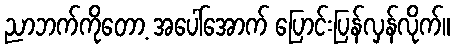
ညာဘက်ကိုတော့ အပေါ်အောက် ပြောင်းပြန်လှန်လိုက်။